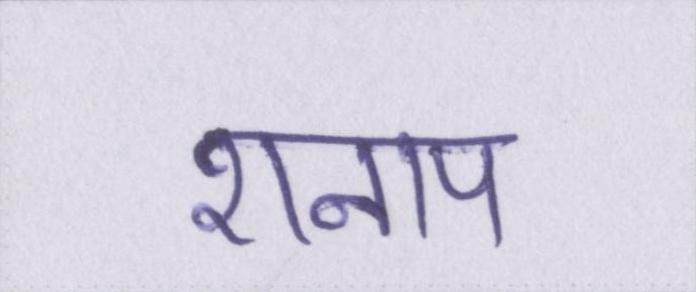
शनाप